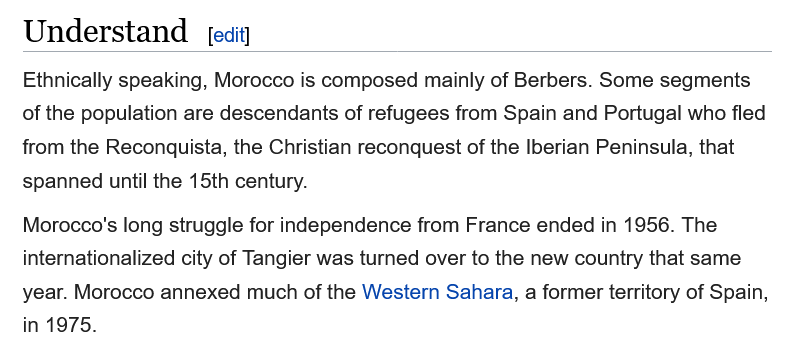
Understand
   Ethnically speaking, Morocco is composed mainly of Berbers. Some segments
   of the population are descendants of refugees from Spain and Portugal who fled
   from the Reconquista, the Christian reconquest of the Iberian Peninsula, that
   spanned until the 15th century.
   Morocco's long struggle for independence from France ended in 1956. The
   internationalized city of Tangier was turned over to the new country that same
   year. Morocco annexed much of the Western Sahara, a former territory of Spain,
   in 1975.
     [edit]